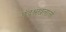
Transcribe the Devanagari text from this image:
छंदश्रंखलाओं